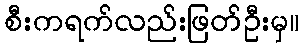
စီးကရက်လည်းဖြတ်ဦးမှ။